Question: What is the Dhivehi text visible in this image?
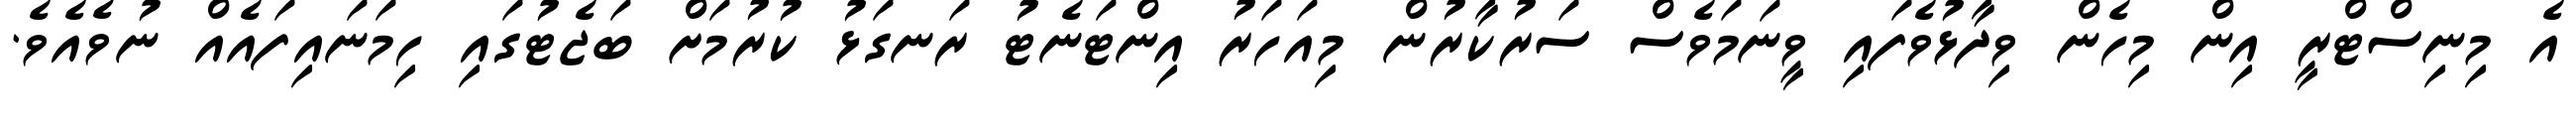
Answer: އެ މިނިސްޓްރީ އިން މިހެން ވިދާޅުވެފައި ވީނަމަވެސް ސަރުކާރުން މިއަހަރު އިންޓަނެޓު ރަނގަޅު ކުރުމަށް ބަޖެޓުގައި ހިމަނައިފައެއް ނުވެއެވެ.